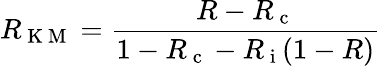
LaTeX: R_{\mathrm{~K~M~}}=\frac{R-R_{\mathrm{~c~}}}{1-R_{\mathrm{~c~}}-R_{\mathrm{~i~}}(1-R)}